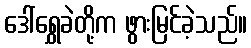
ဒေါ်ရွှေခဲတို့က ဖွားမြင်ခဲ့သည်။